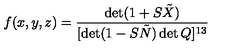
f ( x , y , z ) = \frac { \det ( 1 + S \tilde { X } ) } { [ \det ( 1 - S \tilde { N } ) \det Q ] ^ { 1 3 } }